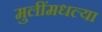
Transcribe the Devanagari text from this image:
मुलींमधल्या